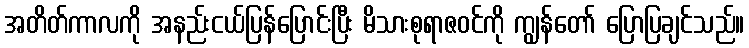
အတိတ်ကာလကို အနည်းငယ်ပြန်ပြောင်းပြီး မိသားစုရာဇဝင်ကို ကျွန်တော် ပြောပြချင်သည်။